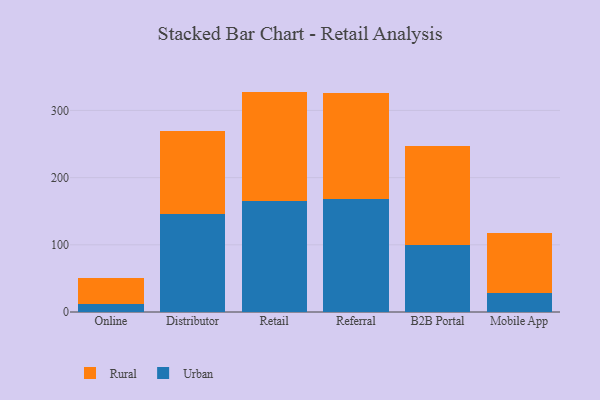
{"axis": {"x": "Channel", "y": "Conversion Rate (%)"}, "legend": ["Rural", "Urban"], "data": [{"x": "Online", "y": 11.3, "type": "Urban"}, {"x": "Online", "y": 39.7, "type": "Rural"}, {"x": "Distributor", "y": 145.5, "type": "Urban"}, {"x": "Distributor", "y": 123.9, "type": "Rural"}, {"x": "Retail", "y": 165.6, "type": "Urban"}, {"x": "Retail", "y": 162.4, "type": "Rural"}, {"x": "Referral", "y": 168.6, "type": "Urban"}, {"x": "Referral", "y": 156.6, "type": "Rural"}, {"x": "B2B Portal", "y": 100.3, "type": "Urban"}, {"x": "B2B Portal", "y": 146.8, "type": "Rural"}, {"x": "Mobile App", "y": 28.6, "type": "Urban"}, {"x": "Mobile App", "y": 89.3, "type": "Rural"}]}